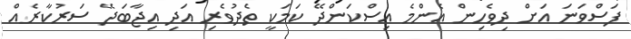
ފަސްވަނަ އަށް ދިވެހިން އެންމެ އިސްކަންދޭ ކަމަކީ ތެދުވެރި އަދި އިޖާބަދޭ ސަރުކާރެއް